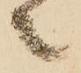
之